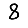
Digit: 8